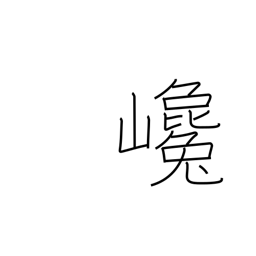
Meaning: rising steeply